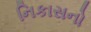
નિકાસનો